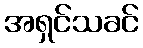
အရှင်သခင်